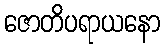
ဇောတိပရာယနော